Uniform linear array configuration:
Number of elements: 48
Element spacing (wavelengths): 0.5
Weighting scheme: binomial
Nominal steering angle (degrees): -45
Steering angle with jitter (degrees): -44.348
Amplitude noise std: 0.05
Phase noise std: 0.05

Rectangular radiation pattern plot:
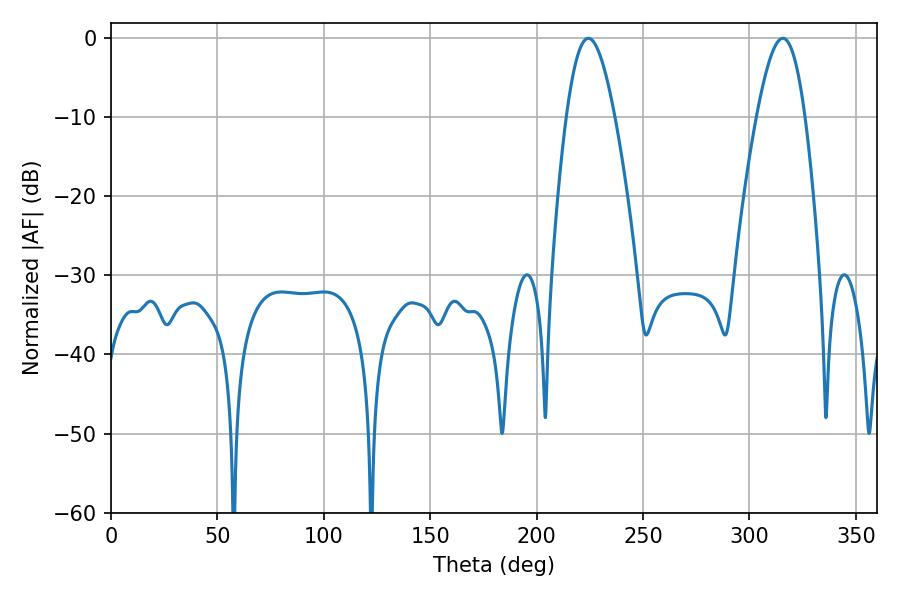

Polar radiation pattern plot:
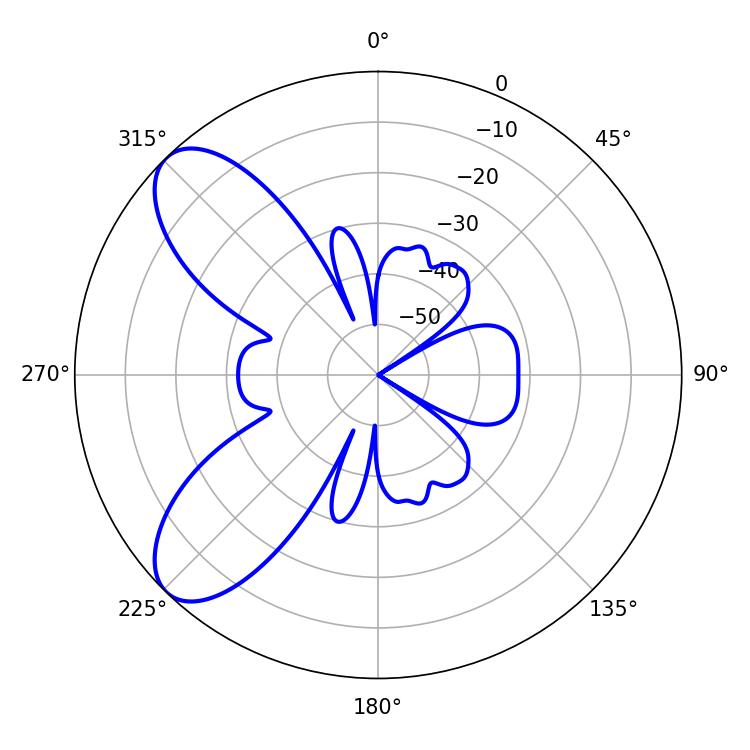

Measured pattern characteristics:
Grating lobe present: FALSE
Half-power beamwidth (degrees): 12.24
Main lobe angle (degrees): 224.28